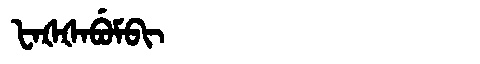
Manchu: ᡶᠠᡧᡧᠠᠪᡠᠮᠪᡳ
Romanization: FAŠŠABUMBI